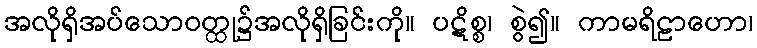
အလိုရှိအပ်သောဝတ္ထု၌အလိုရှိခြင်းကို။ ပဋိစ္စ၊ စွဲ၍။ ကာမရိဠာဟော၊